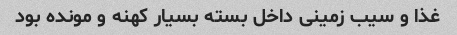
غذا و سیب زمینی داخل بسته بسیار کهنه و مونده بود